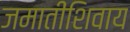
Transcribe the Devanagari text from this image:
जमातींशिवाय